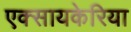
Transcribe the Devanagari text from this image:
एक्सायकेरिया